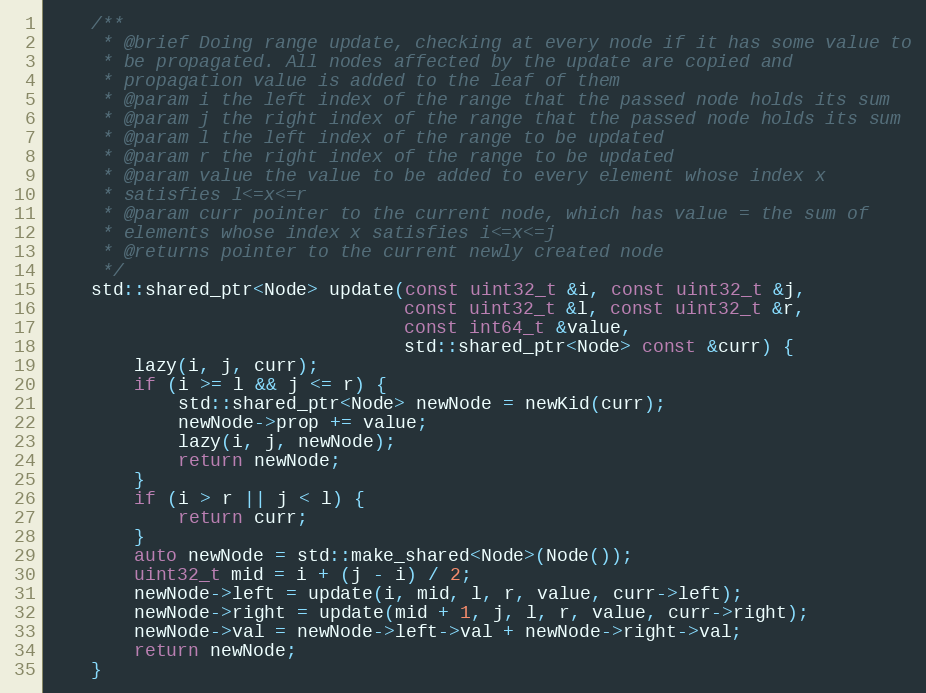
Language: C++
    /**
     * @brief Doing range update, checking at every node if it has some value to
     * be propagated. All nodes affected by the update are copied and
     * propagation value is added to the leaf of them
     * @param i the left index of the range that the passed node holds its sum
     * @param j the right index of the range that the passed node holds its sum
     * @param l the left index of the range to be updated
     * @param r the right index of the range to be updated
     * @param value the value to be added to every element whose index x
     * satisfies l<=x<=r
     * @param curr pointer to the current node, which has value = the sum of
     * elements whose index x satisfies i<=x<=j
     * @returns pointer to the current newly created node
     */
    std::shared_ptr<Node> update(const uint32_t &i, const uint32_t &j,
                                 const uint32_t &l, const uint32_t &r,
                                 const int64_t &value,
                                 std::shared_ptr<Node> const &curr) {
        lazy(i, j, curr);
        if (i >= l && j <= r) {
            std::shared_ptr<Node> newNode = newKid(curr);
            newNode->prop += value;
            lazy(i, j, newNode);
            return newNode;
        }
        if (i > r || j < l) {
            return curr;
        }
        auto newNode = std::make_shared<Node>(Node());
        uint32_t mid = i + (j - i) / 2;
        newNode->left = update(i, mid, l, r, value, curr->left);
        newNode->right = update(mid + 1, j, l, r, value, curr->right);
        newNode->val = newNode->left->val + newNode->right->val;
        return newNode;
    }